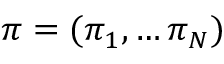
\pi = ( \pi _ { 1 } , \ldots \pi _ { N } )